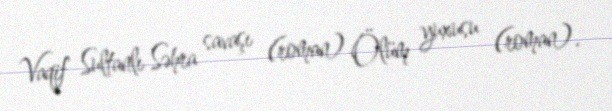
Vaqif Sultanlı Səhra savaşı (roman) Ölüm yuxusu (roman).